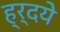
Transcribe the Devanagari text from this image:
ह्र्दये